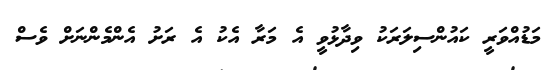
މަޑުއްވަރީ ކައުންސިލަރަކު ވިދާޅުވީ އެ މަރާ އެކު އެ ރަށު އެންމެންނަށް ވެސް